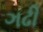
ગઢી